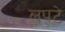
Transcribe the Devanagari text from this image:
लपटे